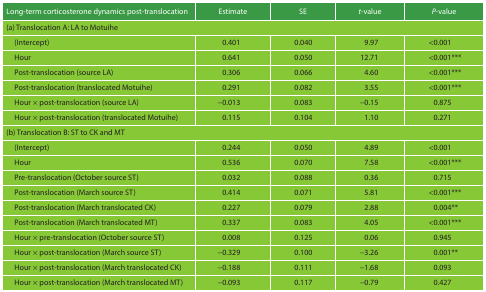
| Long-term corticosterone dynamics post-translocation | Estimate | SE | t-value | P-value |
 | --- | --- | --- | --- | --- |
 | <COLSPAN=5> (a) Translocation A: LA to Motuihe |
 | (Intercept) | 0.401 | 0.040 | 9.97 | <0.001 |
 | Hour | 0.641 | 0.050 | 12.71 | <0.001*** |
 | Post-translocation (source LA) | 0.306 | 0.066 | 4.60 | <0.001*** |
 | Post-translocation (translocated Motuihe) | 0.291 | 0.082 | 3.55 | <0.001*** |
 | Hour × post-translocation (source LA) | −0.013 | 0.083 | −0.15 | 0.875 |
 | Hour × post-translocation (translocated Motuihe) | 0.115 | 0.104 | 1.10 | 0.271 |
 | <COLSPAN=5> (b) Translocation B: ST to CK and MT |
 | (Intercept) | 0.244 | 0.050 | 4.89 | <0.001 |
 | Hour | 0.536 | 0.070 | 7.58 | <0.001*** |
 | Pre-translocation (October source ST) | 0.032 | 0.088 | 0.36 | 0.715 |
 | Post-translocation (March source ST) | 0.414 | 0.071 | 5.81 | <0.001*** |
 | Post-translocation (March translocated CK) | 0.227 | 0.079 | 2.88 | 0.004** |
 | Post-translocation (March translocated MT) | 0.337 | 0.083 | 4.05 | <0.001*** |
 | Hour × pre-translocation (October source ST) | 0.008 | 0.125 | 0.06 | 0.945 |
 | Hour × post-translocation (March source ST) | −0.329 | 0.100 | −3.26 | 0.001** |
 | Hour × post-translocation (March translocated CK) | −0.188 | 0.111 | −1.68 | 0.093 |
 | Hour × post-translocation (March translocated MT) | −0.093 | 0.117 | −0.79 | 0.427 |